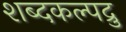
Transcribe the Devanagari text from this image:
शब्दकल्पद्रु